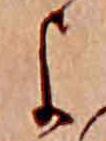
よ